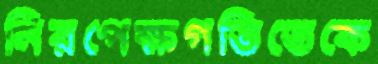
নিরপেক্ষগতিতেকে